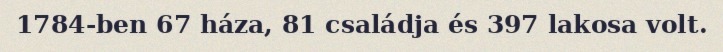
1784-ben 67 háza, 81 családja és 397 lakosa volt.